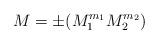
LaTeX: \begin{align*}M = \pm (M_1^{m_1} M_2^{m_2})\end{align*}